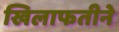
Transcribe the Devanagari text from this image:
खिलाफतीने